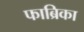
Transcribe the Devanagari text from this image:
फाब्रिका